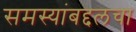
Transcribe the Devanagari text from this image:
समस्यांबद्दलचा